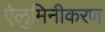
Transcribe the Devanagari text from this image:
ऐलुमिनीकरण